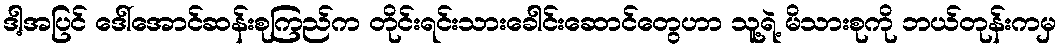
ဒါ့အပြင် ဒေါ်အောင်ဆန်းစုကြည်က တိုင်းရင်းသားခေါင်းဆောင်တွေဟာ သူ့ရဲ့ မိသားစုကို ဘယ်တုန်းကမှ